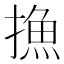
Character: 𢳶